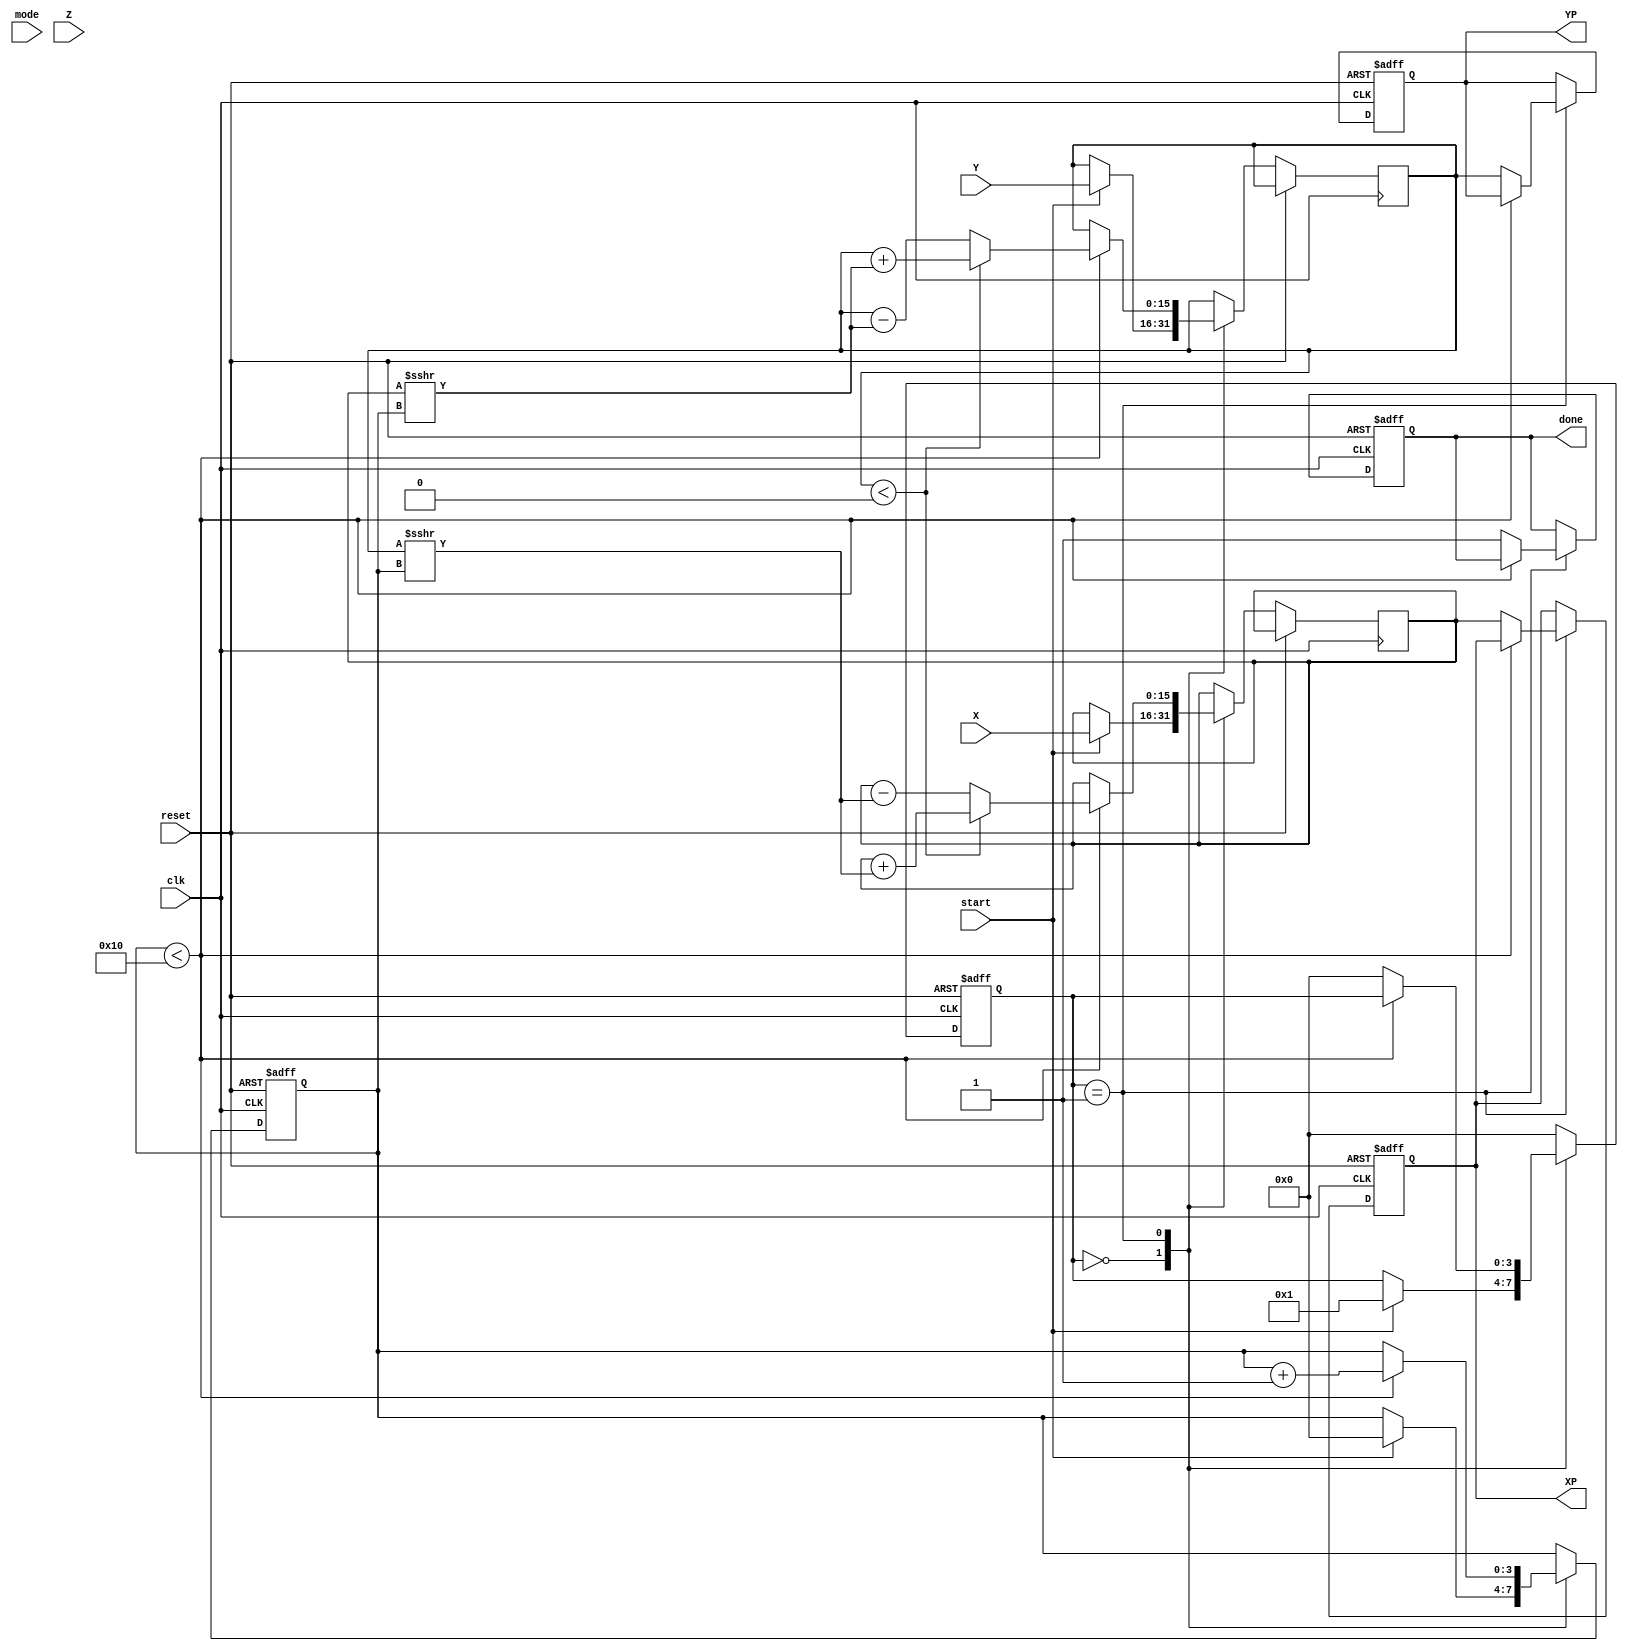
module hyperbolic_cordic (
    input wire clk,
    input wire reset,
    input wire start,
    input wire mode, // 0 for sinh/cosh, 1 for cosh/sinh
    input wire signed [15:0] X, // Fixed-point representation of x
    input wire signed [15:0] Y, // Fixed-point representation of y
    input wire signed [15:0] Z, // Fixed-point representation of angle
    output reg signed [15:0] XP, // Resultant x-coordinate
    output reg signed [15:0] YP, // Resultant y-coordinate
    output reg done // Done flag
);

    // Parameters
    parameter NUM_ITERATIONS = 16;
    parameter FIXED_POINT_WIDTH = 16;

    // Internal signals
    reg [3:0] state;
    reg [3:0] iteration;
    reg signed [FIXED_POINT_WIDTH-1:0] x_reg, y_reg, z_reg;
    reg signed [FIXED_POINT_WIDTH-1:0] x_temp, y_temp;
    reg signed [FIXED_POINT_WIDTH-1:0] atanhl [0:NUM_ITERATIONS-1]; // LUT for atanh(1/(2^i))

    // Initialize LUT for atanh(1/(2^i))
    initial begin
        atanhl[0] = 16'h0000; // atanh(1) = 0
        atanhl[1] = 16'h0001; // atanh(1/2) = 0.5 (scaled)
        atanhl[2] = 16'h0002; // atanh(1/4) = 0.25 (scaled)
        // Fill in the rest of the LUT based on the required precision
        // ...
    end

    // State machine
    always @(posedge clk or posedge reset) begin
        if (reset) begin
            state <= 0;
            done <= 0;
            iteration <= 0;
            XP <= 0;
            YP <= 0;
        end else begin
            case (state)
                0: begin // Idle state
                    if (start) begin
                        x_reg <= X;
                        y_reg <= Y;
                        z_reg <= Z;
                        iteration <= 0;
                        state <= 1; // Move to compute state
                    end
                end
                1: begin // Compute state
                    if (iteration < NUM_ITERATIONS) begin
                        // Perform hyperbolic rotation
                        if (y_reg < 0) begin
                            x_temp = x_reg + (y_reg >>> iteration);
                            y_temp = y_reg + (x_reg >>> iteration);
                        end else begin
                            x_temp = x_reg - (y_reg >>> iteration);
                            y_temp = y_reg - (x_reg >>> iteration);
                        end
                        x_reg <= x_temp;
                        y_reg <= y_temp;
                        z_reg <= z_reg - atanhl[iteration];
                        iteration <= iteration + 1;
                    end else begin
                        XP <= x_reg; // Store final results
                        YP <= y_reg;
                        done <= 1; // Signal completion
                        state <= 0; // Go back to idle
                    end
                end
                default: state <= 0; // Safety default
            endcase
        end
    end
endmodule